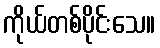
ကိုယ်တစ်ပိုင်းသေ။